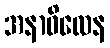
အနာဝိလေန